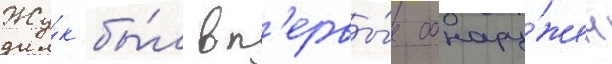
Жу́к бы́л вп'ервы́е обнару́жен